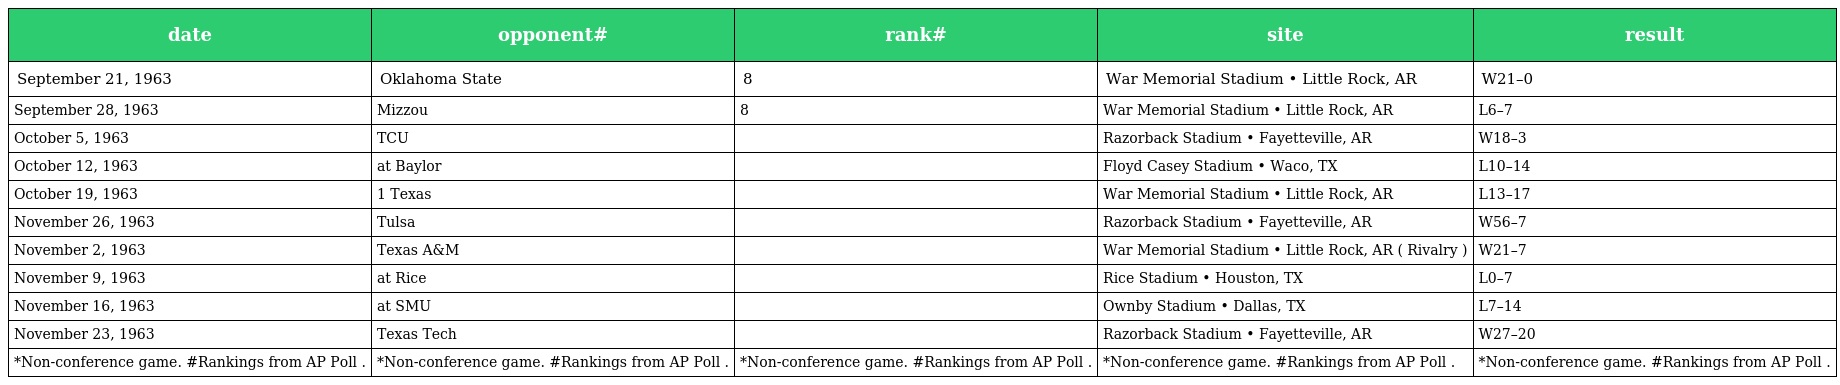
| date | opponent# | rank# | site | result |
 | --- | --- | --- | --- | --- |
 | September 21, 1963 | Oklahoma State | 8 | War Memorial Stadium • Little Rock, AR | W21–0 |
 | September 28, 1963 | Mizzou | 8 | War Memorial Stadium • Little Rock, AR | L6–7 |
 | October 5, 1963 | TCU |  | Razorback Stadium • Fayetteville, AR | W18–3 |
 | October 12, 1963 | at Baylor |  | Floyd Casey Stadium • Waco, TX | L10–14 |
 | October 19, 1963 | 1 Texas |  | War Memorial Stadium • Little Rock, AR | L13–17 |
 | November 26, 1963 | Tulsa |  | Razorback Stadium • Fayetteville, AR | W56–7 |
 | November 2, 1963 | Texas A&M |  | War Memorial Stadium • Little Rock, AR ( Rivalry ) | W21–7 |
 | November 9, 1963 | at Rice |  | Rice Stadium • Houston, TX | L0–7 |
 | November 16, 1963 | at SMU |  | Ownby Stadium • Dallas, TX | L7–14 |
 | November 23, 1963 | Texas Tech |  | Razorback Stadium • Fayetteville, AR | W27–20 |
 | *Non-conference game. #Rankings from AP Poll . | *Non-conference game. #Rankings from AP Poll . | *Non-conference game. #Rankings from AP Poll . | *Non-conference game. #Rankings from AP Poll . | *Non-conference game. #Rankings from AP Poll . |